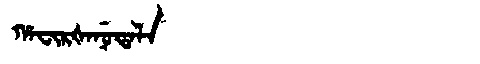
Manchu: ᡥᠠᠸᡳᡵᡧᠠᠨᡠᡨᠠᠯᠠ
Romanization: HAFIRŠANUTALA